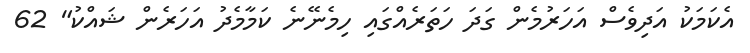
އެކަމަކު އަދިވެސް އަހަރުމެން ގަދަ ހަތަރެއްގައި ހިމެނޭނެ ކަމާމެދު އަހަރެން ޝައްކު" 62